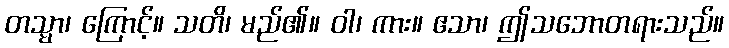
တသ္မာ၊ ကြောင့်။ သတိ၊ မည်၏။ ဝါ၊ ကား။ ဧသာ၊ ဤသဘောတရားသည်။